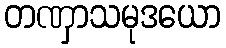
တဏှာသမုဒယော